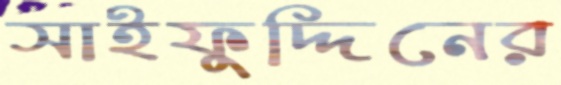
সাইফুদ্দিনের